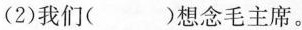
(2)我们（）想念毛主席。